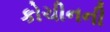
કોચીનની